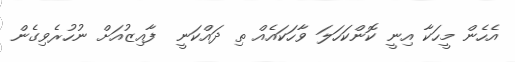
އެހެން މީހަކާ އިނީ ކޮންކަހަލަ ވާހަކައެއް ތި ދައްކަނީ  ފާއިޒުއަށް ނުހުރެވިގެން